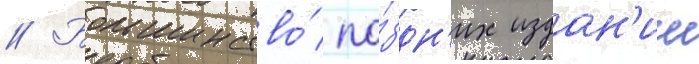
// Большинство́ по́здн'их издан'ии